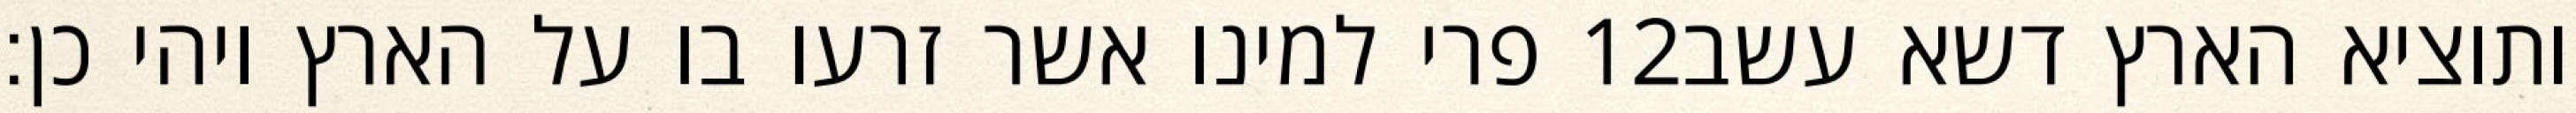
פרי למינו אשר זרעו בו על הארץ ויהי כן׃ ‎12‏ ותוציא הארץ דשא עשב